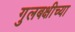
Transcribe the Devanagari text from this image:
गुलबक्षीच्या